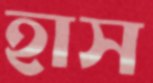
হাস